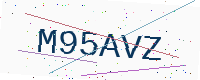
Text: M95AVZ